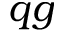
q g